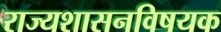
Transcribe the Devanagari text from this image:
राज्यशासनविषयक